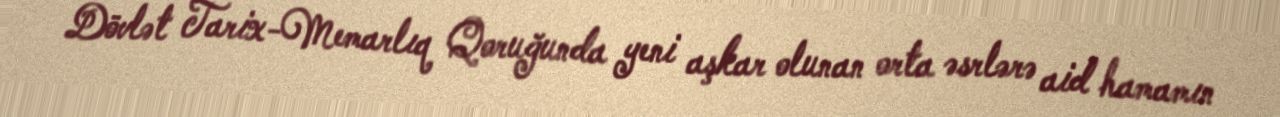
Dövlət Tarix-Memarlıq Qoruğunda yeni aşkar olunan orta əsrlərə aid hamamın